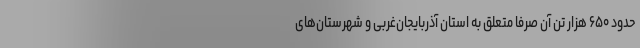
حدود ۶۵۰ هزار تن آن صرفاً متعلق به استان آذربایجان‌غربی و شهرستان‌های